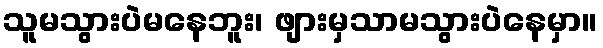
သူမသွားပဲမနေဘူး၊ ဖျားမှသာမသွားပဲနေမှာ။